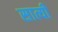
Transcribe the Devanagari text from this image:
सात्यी